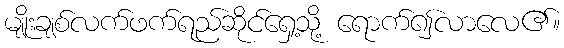
မျိုးချစ်လက်ဖက်ရည်ဆိုင်ရှေ့သို့ ရောက်၍လာလေ၏။